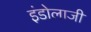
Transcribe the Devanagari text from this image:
इंडोलाजी